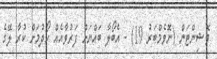
ވޮޝިންޓަން (ނޮވެމްބަރު 19) - އެބޯލާ ބައްޔަށް ފަރުވާއެއް ހޯދުމަށް ކުރާ ލޭގެ